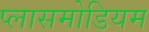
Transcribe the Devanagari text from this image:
प्लासमोडियम